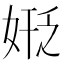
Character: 𪥻